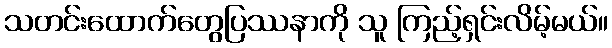
သတင်းထောက်တွေပြဿနာကို သူ ကြည့်ရှင်းလိမ့်မယ်။